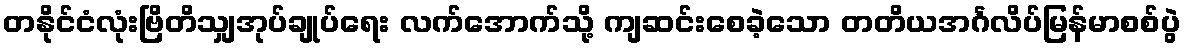
တနိုင်ငံလုံးဗြိတိသျှအုပ်ချုပ်ရေး လက်အောက်သို့ ကျဆင်းစေခဲ့သော တတိယအင်္ဂလိပ်မြန်မာစစ်ပွဲ